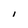
Character: I